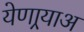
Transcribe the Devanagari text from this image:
येणार्‍याअ